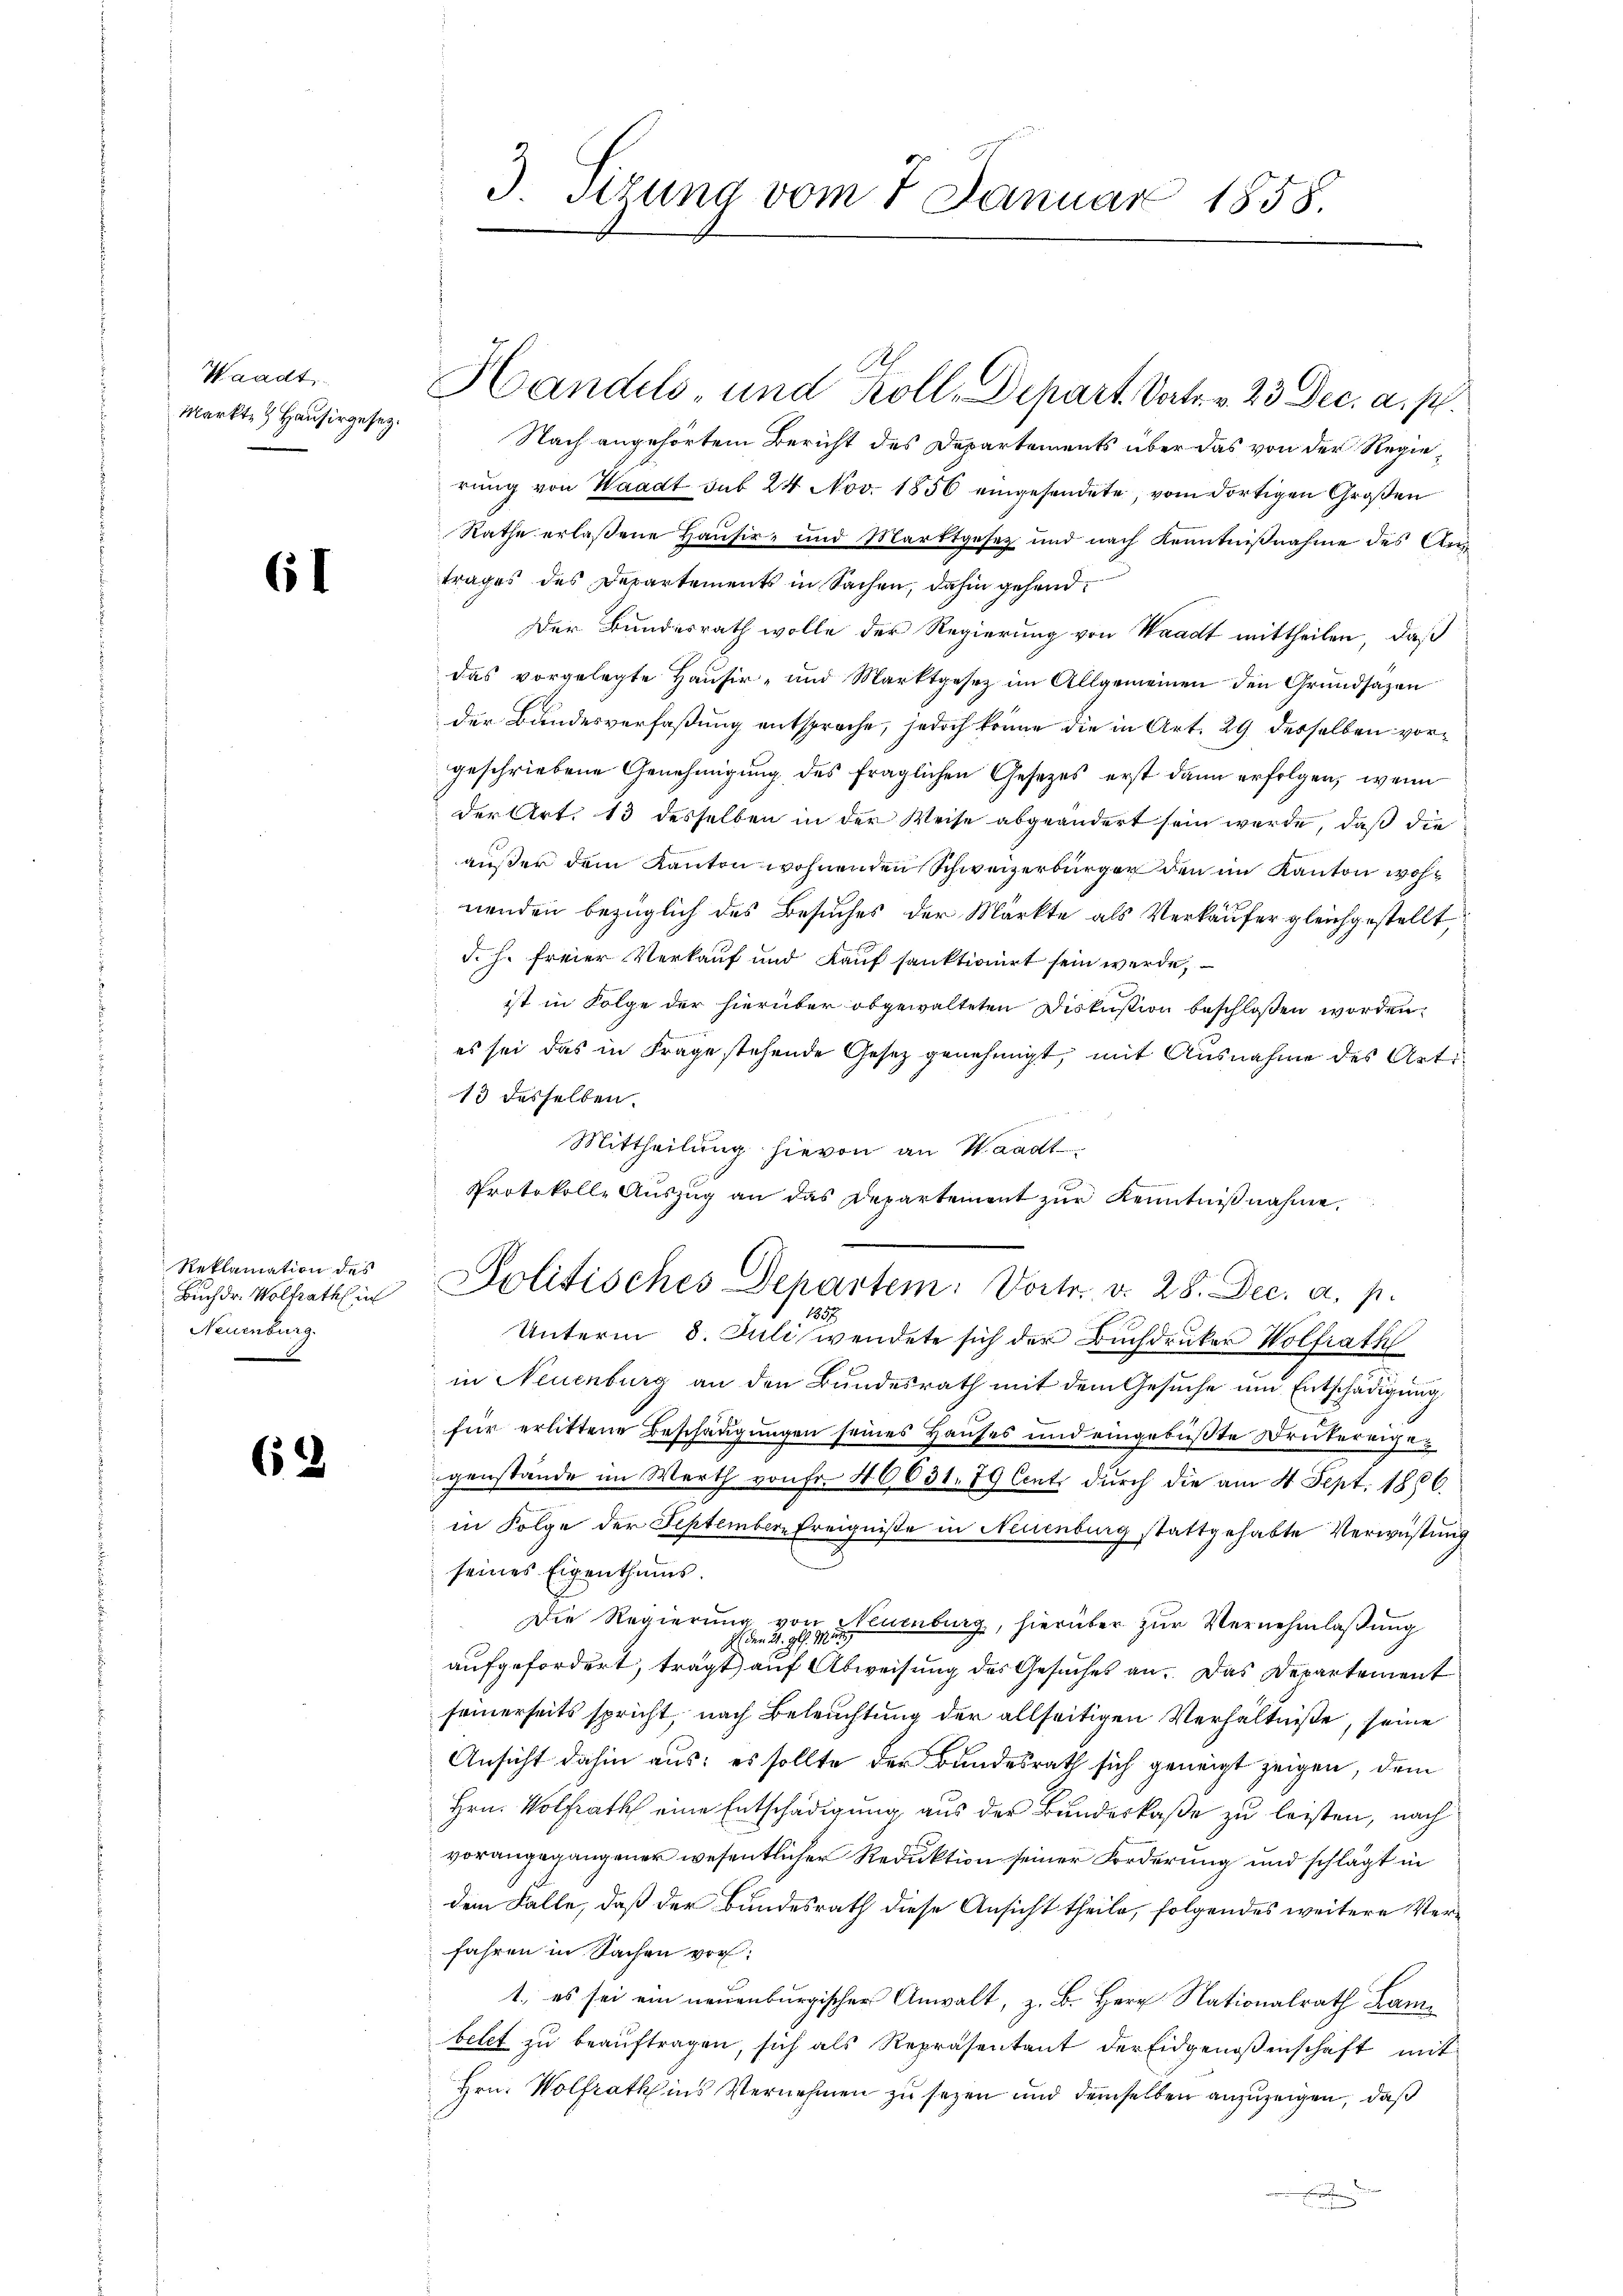
Waadt
Markte & Hausirgesez.

61

Reklamation des
Buchdr. Wolfrath in
Neuenburg.

2

3. Sitzung vom 7. Januar 1858.

Handels- und Koll, Depart Vorte. v. 23 Dec. a. p.
Nach angehörtem Bericht des Departements über das von der Regierung von Waadt sub 24 Nov. 1856 eingesendete, vom dortigen Großen
Rathe erlaßene Hausir- und Marktgesetz und nach Kenntniβnahme des Antrages des Departements in Sachen, dahin gehend,
Der Bundesrath wolle der Regierung von Waadt mittheilen, daß
das vorgelegte Hausir- und Marktgesetz im Allgemeinen den Grundsazen
Der Bundesverfaßung entsproche, jedoch könne die in Art. 29 desselben vorgeschriebene Genehmigung des fraglichen Gesetzes erst dann erfolgen, wenn
der Art. 13 desselben in der Weise abgeändert sein werde, daß die
außer dem Kanton wohnenden Schweizerbürger den im Kanton wohnenden bezüglich des Besuches der Märkte als Verkäufer gleichgestellt,
d. h. freier Verkauf und Kauf sanktionirt sein werde,
ist in Folge der hierüber abgewalteten Diskussion beschloßen worden,
es sei das in Frage stehende Gesetz genehmigt, mit Ausnahme des Arti¬
13 desselben.
Mittheilung hievon an Waadt,
Protokolle Aŭszŭg an das Departement zŭr Kenntniβnahme.
559
Unterm 8. Juli wendete sich der Buchdruker Wolfrath
in Neuenburg an den Bundesrath mit dem Gesuche um Entschädigung
für erlittene Beschädigungen seines Hauses und eingebüßte Drukereigegenstände im Werth von Fr. 46631. 79 Cents durch die am 4. Sept. 1886.
in Folge der September Ereigniße in Neuenburg stattgehabte Verwüstung
seines Eigenthums.
Die Regierung von Stammlung, hierüber zur Vernehmlaßung
aufgefordert, trägt auf Abweisung des Gesuches an. Das Departement
seinerseits spricht, nach Beleuchtung der allseitigen Verhältniße, seine
Ansicht dahin aus: es sollte der Bundesrath sich geneigt zeigen, dem
Hrn. Wolfrath eine Entschädigung aus der Bundeskaße zu leisten, nach
vorangegangener wesentlicher Reduktion seiner Forderung und schlägt in
dem Falle, daß der Bundesrath diese Ansicht theile, folgendes weitere Verfahren in Sachen vor:
1. es sei ein neuenburgischer Anwalt, z. B. Herr Nationalrath Kambetet zu beauftragen, sich als Repräsentant der Eidgenossenschaft mit
Hrn. Wolfrath ins Vernehmen zu sezen und demselben anzuzeigen, daß

Politisches Departem: Vortr. v. 28. Dec. a. p.